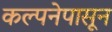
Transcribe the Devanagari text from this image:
कल्पनेपासून